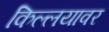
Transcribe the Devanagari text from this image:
किल्लयावर